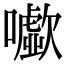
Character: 𡃧